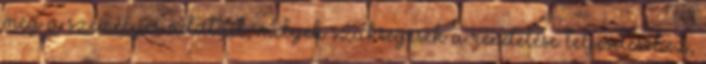
meg a személyes adatait, melyek szükségesek a rendelése teljesítéséhez,